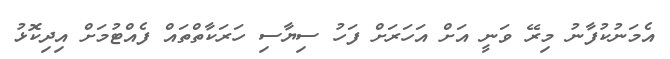
އެމަނުކުފާނު މިރޭ ވަނީ އަށް އަހަރަށް ފަހު ސިޔާސި ހަރަކާތްތައް ފެއްޓުމަށް އިދިކޮޅު